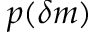
p ( \delta m )